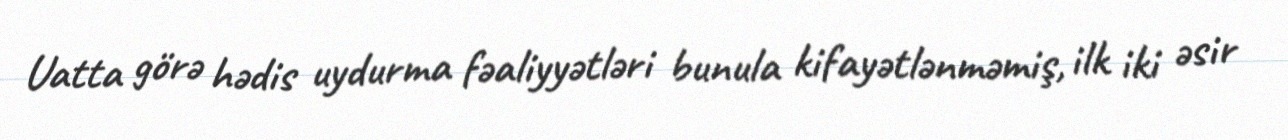
Uatta görə hədis uydurma fəaliyyətləri bunula kifayətlənməmiş, ilk iki əsir